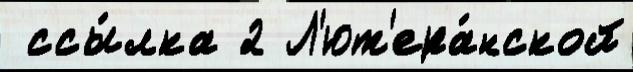
 ссы́лка 2 Л'ют'ера́нской